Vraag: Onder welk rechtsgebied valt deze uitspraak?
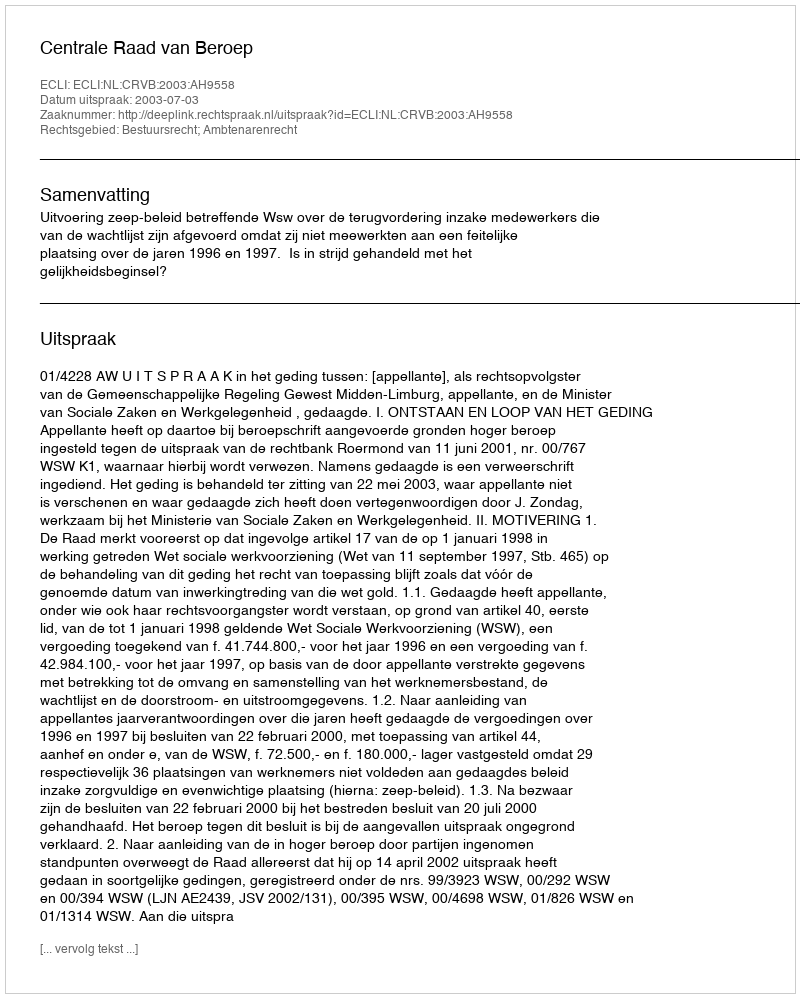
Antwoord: Bestuursrecht; Ambtenarenrecht